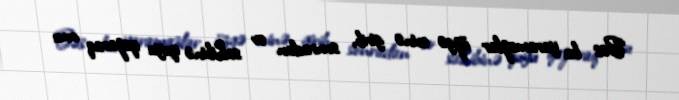
Bəs bu yaramazlar özgə evinə girib, sonradan ev sahibinə quyu qazaraq onu